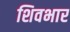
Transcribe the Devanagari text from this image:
शिवभार